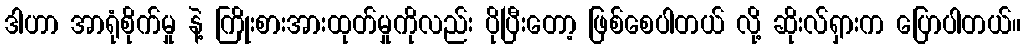
ဒါဟာ အာရုံစိုက်မှု နဲ့ ကြိုးစားအားထုတ်မှုကိုလည်း ပိုပြီးတော့ ဖြစ်စေပါတယ် လို့ ဆိုးလ်ရှားက ပြောပါတယ်။